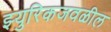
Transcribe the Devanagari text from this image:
झ्युरिकजवळील